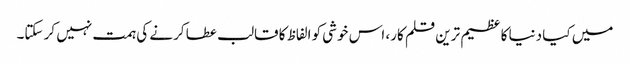
میں کیا دنیا کا عظیم ترین قلم کار، اس خوشی کو الفاظ کا قالب عطا کرنے کی ہمت نہیں کر سکتا۔